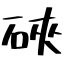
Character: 硤